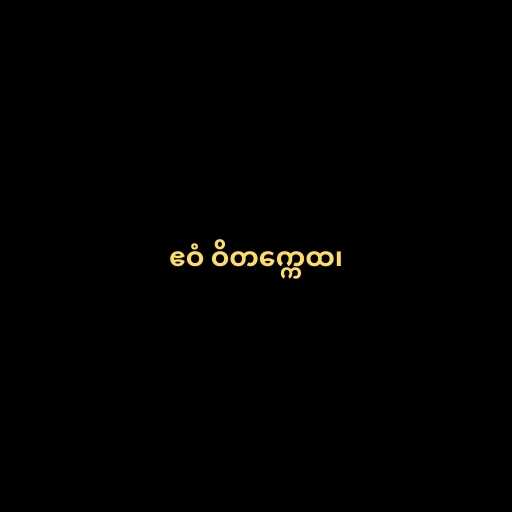
ဧဝံ ဝိတက္ကေထ၊